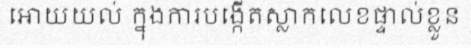
អោយយល់ ក្នុងការបង្កើតស្លាកលេខផ្ទាល់ខ្លួន